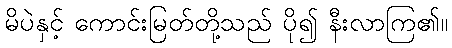
မိပဲနှင့် ကောင်းမြတ်တို့သည် ပို၍ နီးလာကြ၏။